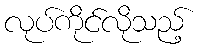
လုပ်ကိုင်လိုသည့်